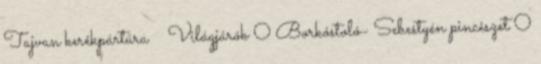
Tajvan kerékpártúra Világjárók 0 Borkóstoló- Sebestyén pincészet 0